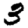
Digit: 3